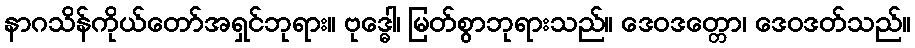
နာဂသိန်ကိုယ်တော်အရှင်ဘုရား။ ဗုဒ္ဓေါ၊ မြတ်စွာဘုရားသည်။ ဒေဝဒတ္တော၊ ဒေဝဒတ်သည်။